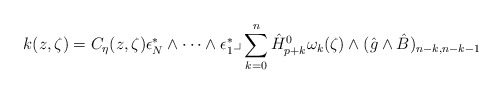
\begin{align*}k(z,\zeta)= C_{\eta}(z,\zeta)\epsilon_N^*\wedge \cdots \wedge \epsilon_1^* \lrcorner\sum_{k=0}^n \hat{H}_{p+k}^0 \omega_k(\zeta) \wedge (\hat{g}\wedge \hat{B})_{n-k, n-k-1}\end{align*}